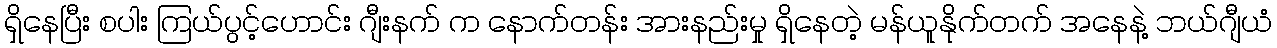
ရှိနေပြီး စပါး ကြယ်ပွင့်ဟောင်း ဂျီးနက် က နောက်တန်း အားနည်းမှု ရှိနေတဲ့ မန်ယူနိုက်တက် အနေနဲ့ ဘယ်ဂျီယံ